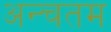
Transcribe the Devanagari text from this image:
अन्चतम